Document type: Inventory
Year: 1295
Scribe: Pere Marc
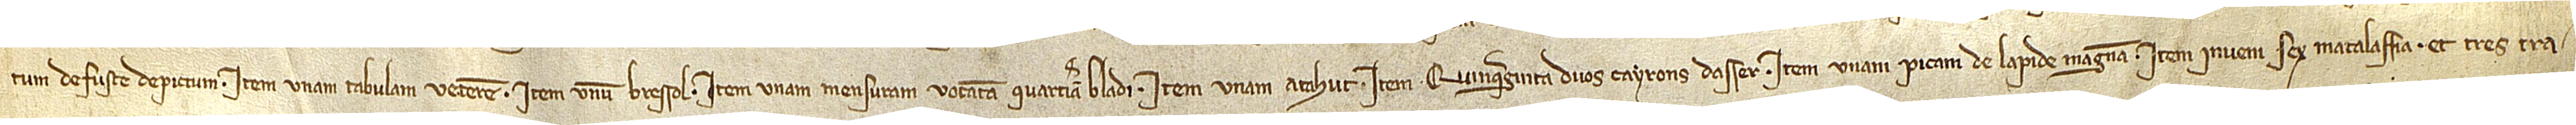
tum de fuste depictum; item, unam tabulam veterem; item, unum bressol; item, unam mensuram vocatam quarteriam bladi; item, unam atahut; item, quinquaginta duos cayrons d’asser; item, unam picam de laoide magnam. Item, inveni sex matalaffia et tres tra-